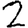
Digit: 2